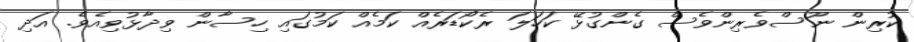
ކުރިން ނޫސްވެރިންވެސް ގެންގުޅޭ ކަހަލަ ރެކޯޑަރެއް ކަމެއް ކަމުގައި ހިސާން ވިދާޅުވިއެވެ. އަދި